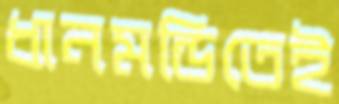
ধানমন্ডিতেই